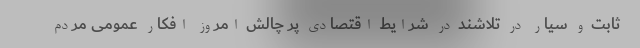
ثابت و سیار در تلاشند در شرایط اقتصادی پر چالش امروز افکار عمومی مردم